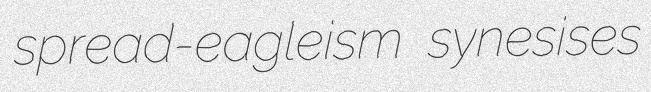
spread-eagleism synesises